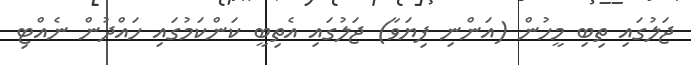
ޖަލުގައި ތިބި މީހުން (އަންނި ފިޔަވާ) ޖަލުގައި އެތިބީ ކަންކަމުގައި ހައްދުން ނެއްޓި